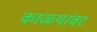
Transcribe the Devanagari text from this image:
काळ्यांवर